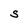
Character: S